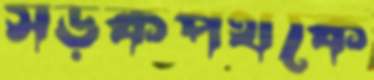
সড়কপথকে